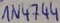
Text: IN4744